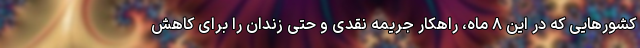
کشورهایی که در این ۸ ماه، راهکار جریمه نقدی و حتی زندان را برای کاهش